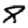
Digit: 8